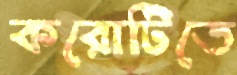
করোটিতে